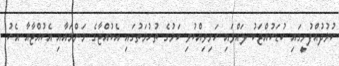
ކުޅުދުއްފުށީގައި ކުޑަކުއްޖަކު ލައްވައި ހަށިވިއްކުވި ކަމުގެ ތުހުމަތުގައި އެކުއްޖާގެ މަންމައާއި އެކުއްޖާއާ އެކު